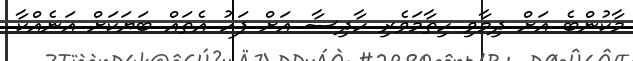
މާކުންބެ އަށް ދިމާވި ހިތާމަވެރި ހާދިސާ އަށް ފަހު އެތައް ބަޔަކަށް އަނެއްކާ